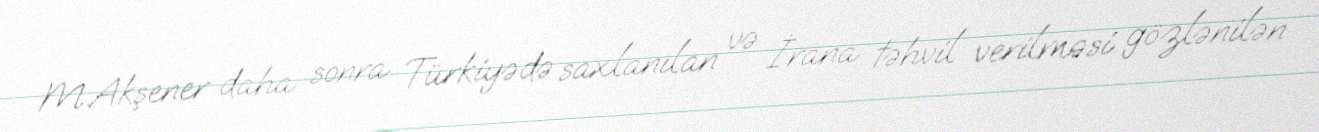
M.Akşener daha sonra Türkiyədə saxlanılan və İrana təhvil verilməsi gözlənilən